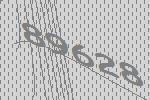
89628